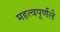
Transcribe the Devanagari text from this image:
महत्वपूर्णले